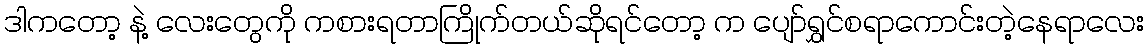
ဒါကတော့ နဲ့ လေးတွေကို ကစားရတာကြိုက်တယ်ဆိုရင်တော့ က ပျော်ရွှင်စရာကောင်းတဲ့နေရာလေး